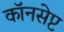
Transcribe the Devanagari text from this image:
कॉनसेप्ट